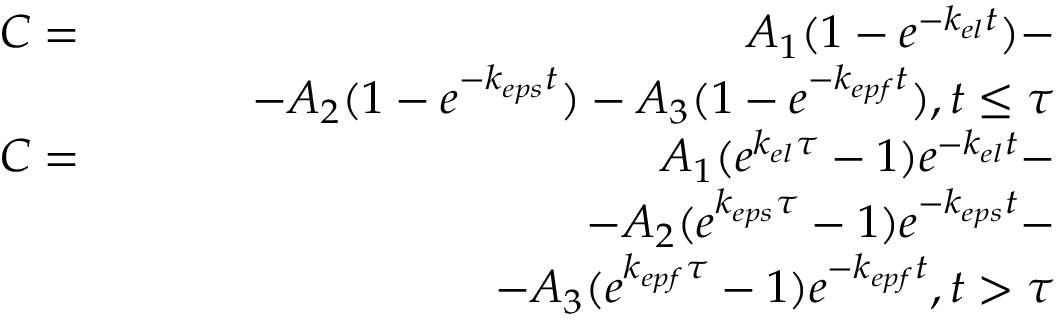
\begin{array} { r l r } & { C = } & { A _ { 1 } ( 1 - e ^ { - k _ { e l } t } ) - } \\ & { } & { \qquad - A _ { 2 } ( 1 - e ^ { - k _ { e p s } t } ) - A _ { 3 } ( 1 - e ^ { - k _ { e p f } t } ) , t \leq \tau } \\ & { C = } & { A _ { 1 } ( e ^ { k _ { e l } \tau } - 1 ) e ^ { - k _ { e l } t } - } \\ & { } & { \qquad \qquad - A _ { 2 } ( e ^ { k _ { e p s } \tau } - 1 ) e ^ { - k _ { e p s } t } - } \\ & { } & { \qquad \qquad \qquad \qquad - A _ { 3 } ( e ^ { k _ { e p f } \tau } - 1 ) e ^ { - k _ { e p f } t } , t > \tau } \end{array}